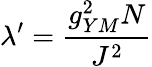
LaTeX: \lambda^{\prime}=\frac{g_{YM}^{2}N}{J^{2}}